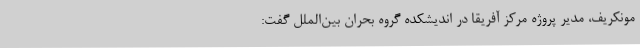
مونکریف، مدیر پروژه مرکز آفریقا در اندیشکده گروه بحران بین‌الملل گفت: